Statistics compiled by the Government of India from the reports of provincial Civil Veterinary Departments
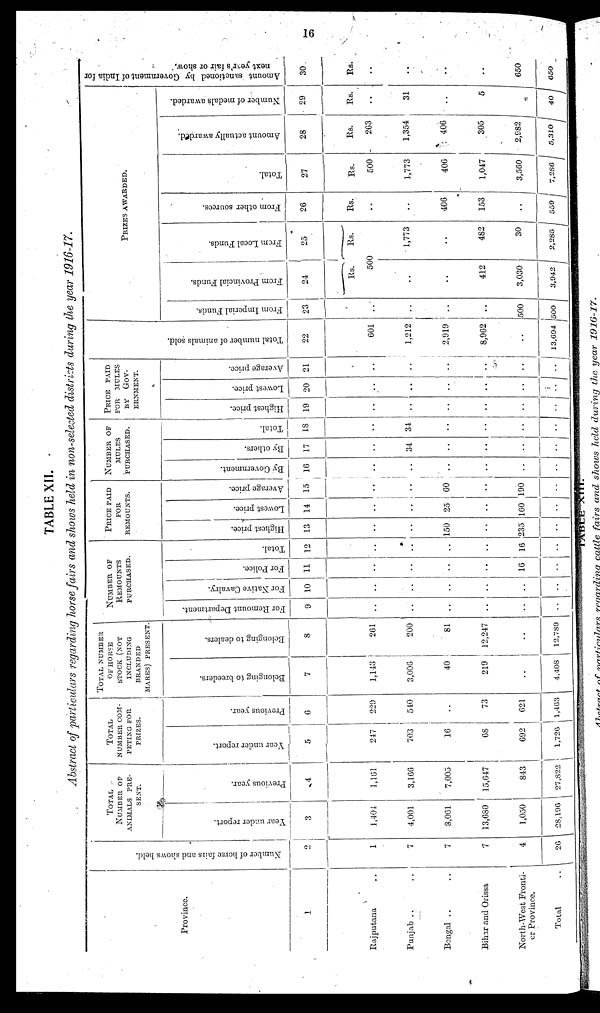
16
TABLE XII.
Abstract of particulars regarding horse fairs and shows held in non-selected districts during the year 1916-17.
Province.
1
Rajputana ..
Punjab .. ..
Bengal .. ..
Bihar and Orissa
North-West Fronti-
er Province.
Total ..
Nu mb e r of hor se fai l s and shows held.
2
1
7
7
7
4
26
TOTAL
NUMBER OF
ANIMALS PRE-
SENT.
Year under report.
3
1,404
4,001
8,061
13,630
1,050
28,196
Previous year.
4
1,161
3,166
7,005
15,647
843
27,822
TOTAL
NUMBER COM-
PETING FOR
PRIZES.
Year under report.
5
247
703
16
68
692
1,726
Previous year.
6
229
540
..
73
621
1,463
TOTAL NUMBER
OF HORES
STOCK (NOT
INCLUDING
BRANDED
MARES) PRESENT.
Belonging to breeders.
7
1,143
3,006
40
219
..
4,408
Belonging to dealers.
8
261
200
81
12,247
..
12,789
NUMBER OF
REMOUNTS
PURCHASED.
For Remount Department.
9
..
..
..
..
..
..
For Native Cavalry.
10
..
..
..
..
..
..
For Police.
11
..
..
..
..
16
..
Total.
12
..
..
..
..
16
..
PRICE PAID
FOR
REMOUNTS.
Highest price.
13
..
..
150
..
235
..
Lowest price.
14
..
..
25
..
160
..
Average price.
15
..
..
60
..
190
..
NUMBER OF
MULES
PURCHASED.
By Government.
16
..
..
..
..
..
..
By others.
17
..
34
..
..
..
..
Total.
18
..
34
..
..
..
..
PRICE PAID
FOR MULES
BY GOV-
ERNMENT.
Highest price.
19
..
..
..
..
..
..
Lowest price.
20
..
..
..
..
..
..
Average price.
21
..
..
..
..
..
..
Total number of animals sold.
22
601
1,212
2,919
8,962
..
13,694
PRIZES AWARDED.
From Imperial Funds.
23
..
..
..
..
500
500
From Provincial Funds.
24
Rs.
From
Local Funds.
25
Rs.
500
..
..
412
3,030
3,942
1,773
..
482
30
2,285
From other sources.
26
Rs.
..
..
406
153
..
559
Total.
27
Rs.
500
1,773
406
1,047
3,560
7,286
Amount actually awarded.
28
Rs.
263
1,354
406
305
2,982
5,310
Number of medals awarded.
29
Rs.
....
31
..
5
40
Amount sanctioned by Government of India for
next year's fair or show.
30.
Rs.
..
..
..
..
650
650